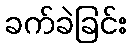
ခက်ခဲခြင်း